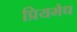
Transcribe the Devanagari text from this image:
प्रियमेध